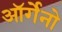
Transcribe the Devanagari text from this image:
ऑर्गेनो